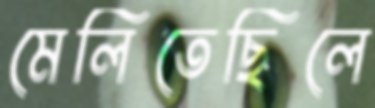
মেলিতেছিলে